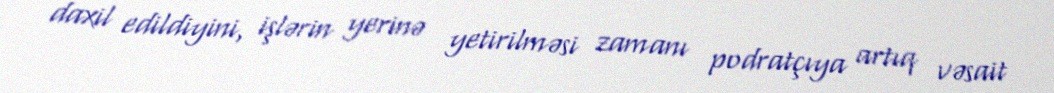
daxil edildiyini, işlərin yerinə yetirilməsi zamanı podratçıya artıq vəsait